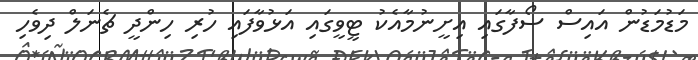
މަޑުމަޑުން އައިސް ސޯފާގައި އިށީނުމާއެކު ޓީވީގައި އަޅުވާފައި ހުރި ހިންދީ ޗެނަލް ދިވެހި